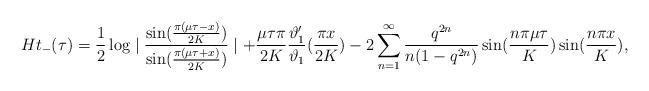
LaTeX: \begin{align*}Ht_-(\tau)=\frac{1}{2}\log\mid\frac{\sin(\frac{\pi(\mu\tau-x)}{2K})}{\sin(\frac{\pi(\mu\tau+x)}{2K})}\mid+\frac{\mu\tau\pi}{2K}\frac{\vartheta'_1}{\vartheta_1}(\frac{\pi x}{2K})-2\sum_{n=1}^\infty\frac{q^{2n}}{n(1-q^{2n})}\sin(\frac{n\pi\mu\tau}{K})\sin(\frac{n\pi x}{K}),\end{align*}